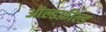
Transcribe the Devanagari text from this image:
ऑल्डफ़ील्ड